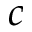
c